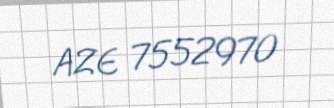
AZE 7552970